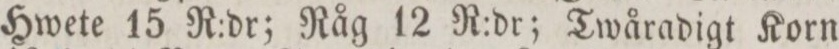
Hwete 15 R:dr; Råg 12 R:dr; Twåradigt Korn